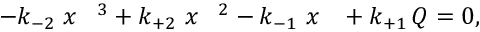
- k _ { - 2 } ~ { x _ { \mathrm { ~ \, ~ } } } ^ { 3 } + k _ { + 2 } ~ { x _ { \mathrm { ~ \, ~ } } } ^ { 2 } - k _ { - 1 } ~ x _ { \mathrm { ~ \, ~ } } + k _ { + 1 } \, Q = 0 ,